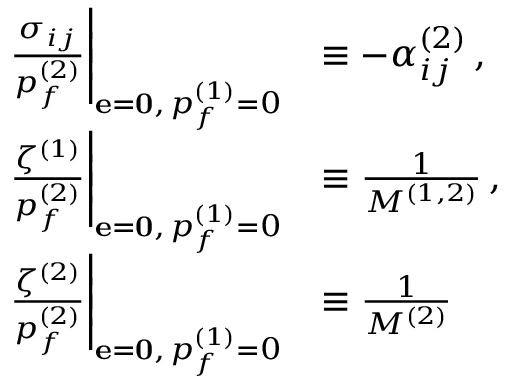
\begin{array} { r l } { \left. \frac { \sigma _ { i j } } { p _ { f } ^ { ( 2 ) } } \right| _ { { \bf { e } = \bf { 0 } } , \, p _ { f } ^ { ( 1 ) } = 0 } } & { \equiv - \alpha _ { i j } ^ { ( 2 ) } \, , } \\ { \left. \frac { \zeta ^ { ( 1 ) } } { p _ { f } ^ { ( 2 ) } } \right| _ { { \bf { e } = \bf { 0 } } , \, p _ { f } ^ { ( 1 ) } = 0 } } & { \equiv \frac { 1 } { M ^ { ( 1 , 2 ) } } \, , } \\ { \left. \frac { \zeta ^ { ( 2 ) } } { p _ { f } ^ { ( 2 ) } } \right| _ { { \bf { e } = \bf { 0 } } , \, p _ { f } ^ { ( 1 ) } = 0 } } & { \equiv \frac { 1 } { M ^ { ( 2 ) } } \, } \end{array}